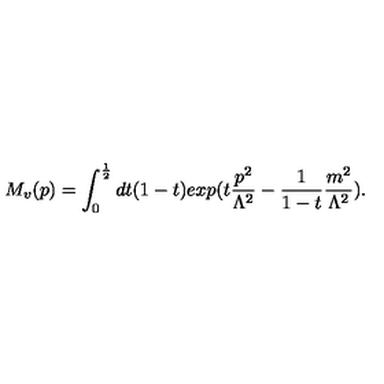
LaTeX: M _ { v } ( p ) = \int _ { 0 } ^ { \frac { 1 } { 2 } } d t ( 1 - t ) e x p ( t \frac { p ^ { 2 } } { \Lambda ^ { 2 } } - \frac { 1 } { 1 - t } \frac { m ^ { 2 } } { \Lambda ^ { 2 } } ) .